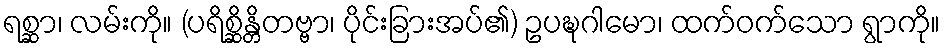
ရစ္ဆာ၊ လမ်းကို။ (ပရိစ္ဆိန္တိတဗ္ဗာ၊ ပိုင်းခြားအပ်၏) ဥပဍ္ဎဂါမော၊ ထက်ဝက်သော ရွာကို။